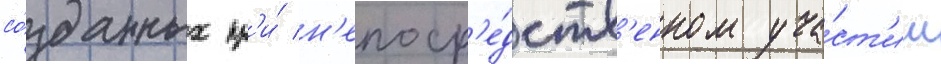
со́зданных пр'и́ н'епоср'е́дств'енном уча́ст'ии